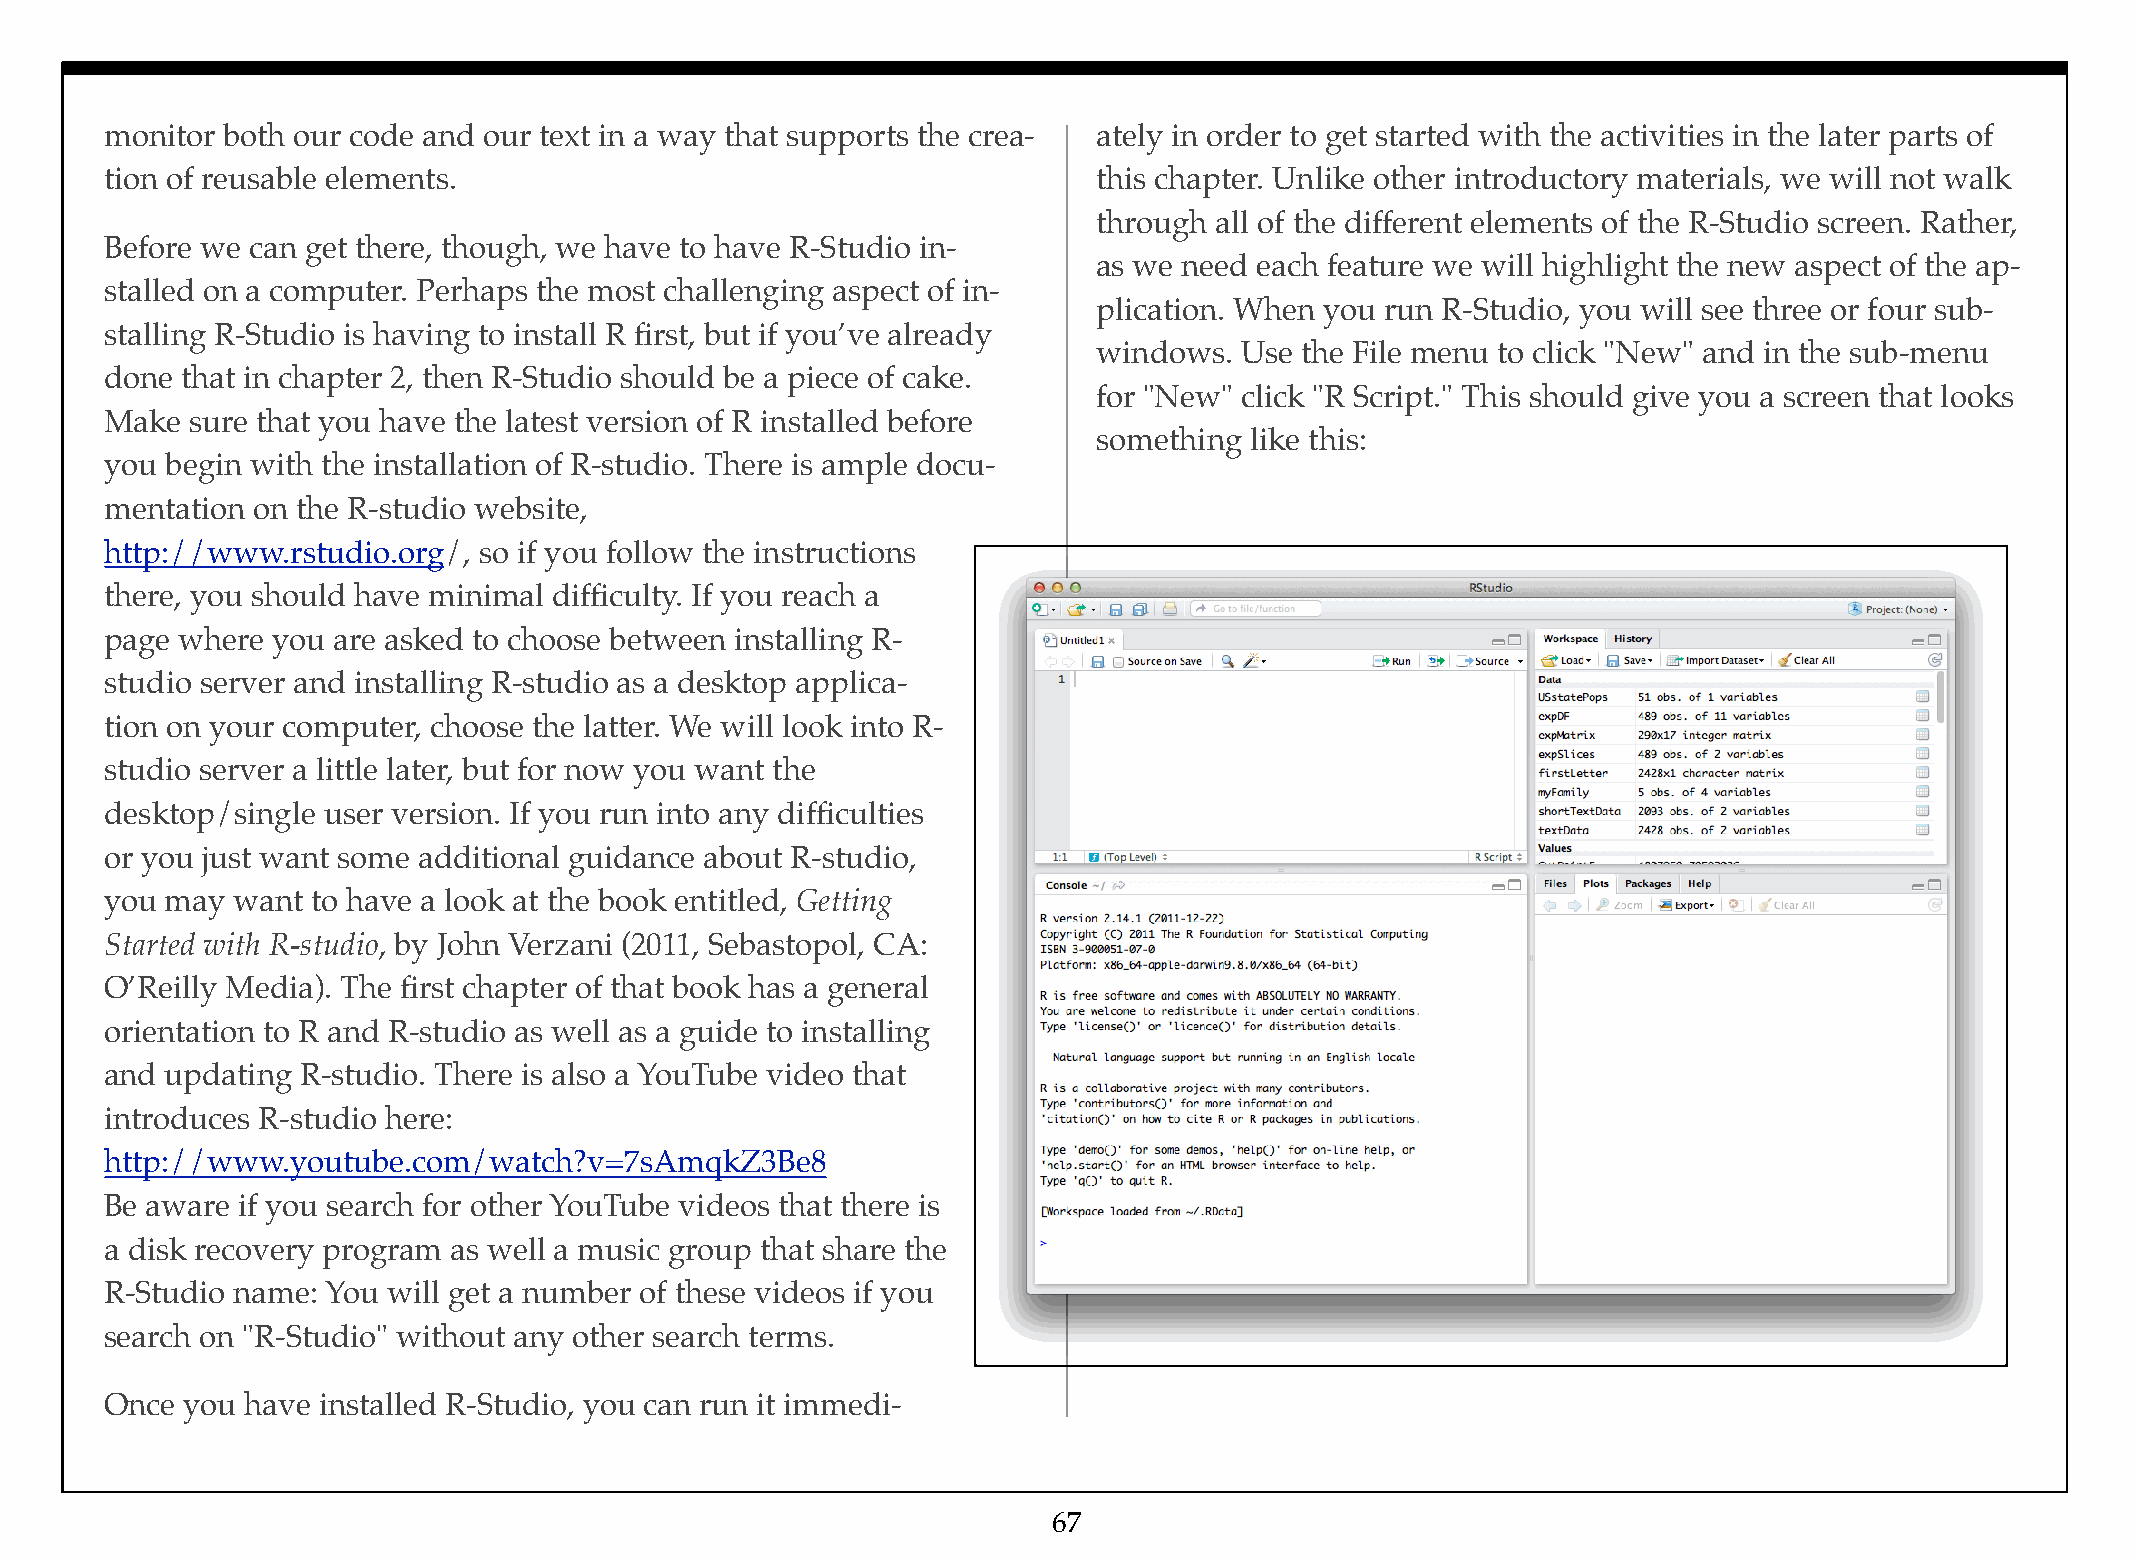
monitor both our code and our text in a way that supports the crea- ately in order to get started with the activities in the later parts of
 tion of reusable elements.                                        this chapter. Unlike other introductory materials, we will not walk
 through all of the different elements of the R-Studio screen. Rather,
 Before we can get there, though, we have to have R-Studio in-
 as we need each feature we will highlight the new aspect of the ap-
 stalled on a computer. Perhaps the most challenging aspect of in-
 plication. When you run R-Studio, you will see three or four sub-
 stalling R-Studio is having to install R first, but if you’ve already
 windows. Use the File menu to click "New" and in the sub-menu
 done that in chapter 2, then R-Studio should be a piece of cake.
 for "New" click "R Script." This should give you a screen that looks
 Make  sure that you have the latest version of R installed before
 something like this:
 you begin with the installation of R-studio. There is ample docu-
 mentation on the R-studio website,
 http://www.rstudio.org/, so if you follow the instructions
 there, you should have minimal difficulty. If you reach a
 page where you are asked to choose between installing R-
 studio server and installing R-studio as a desktop applica-
 tion on your computer, choose the latter. We will look into R-
 studio server a little later, but for now you want the
 desktop/single user version. If you run into any difficulties
 or you just want some additional guidance about R-studio,
 you may want  to have a look at the book entitled, Getting
 Started with R-studio, by John Verzani (2011, Sebastopol, CA:
 O’Reilly Media). The first chapter of that book has a general
 orientation to R and R-studio as well as a guide to installing
 and updating R-studio. There is also a YouTube video that
 introduces R-studio here:
 http://www.youtube.com/watch?v=7sAmqkZ3Be8
 Be aware if you search for other YouTube videos that there is
 a disk recovery program as well a music group that share the
 R-Studio name: You will get a number of these videos if you
 search on "R-Studio" without any other search terms.
 Once you have installed R-Studio, you can run it immedi-
 67